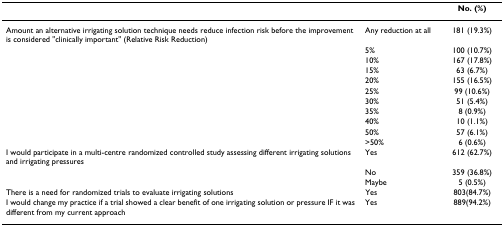
<table><thead><tr><td></td><td></td><td><b>No. (%)</b></td></tr></thead><tbody><tr><td>Amount an alternative irrigating solution technique needs reduce infection risk before the improvement is considered &quot;clinically important&quot; (Relative Risk Reduction)</td><td>Any reduction at all</td><td>181 (19.3%)</td></tr><tr><td></td><td>5%</td><td>100 (10.7%)</td></tr><tr><td></td><td>10%</td><td>167 (17.8%)</td></tr><tr><td></td><td>15%</td><td>63 (6.7%)</td></tr><tr><td></td><td>20%</td><td>155 (16.5%)</td></tr><tr><td></td><td>25%</td><td>99 (10.6%)</td></tr><tr><td></td><td>30%</td><td>51 (5.4%)</td></tr><tr><td></td><td>35%</td><td>8 (0.9%)</td></tr><tr><td></td><td>40%</td><td>10 (1.1%)</td></tr><tr><td></td><td>50%</td><td>57 (6.1%)</td></tr><tr><td></td><td>&gt;50%</td><td>6 (0.6%)</td></tr><tr><td>I would participate in a multi-centre randomized controlled study assessing different irrigating solutions and irrigating pressures</td><td>Yes</td><td>612 (62.7%)</td></tr><tr><td></td><td>No</td><td>359 (36.8%)</td></tr><tr><td></td><td>Maybe</td><td>5 (0.5%)</td></tr><tr><td>There is a need for randomized trials to evaluate irrigating solutions</td><td>Yes</td><td>803(84.7%)</td></tr><tr><td>I would change my practice if a trial showed a clear benefit of one irrigating solution or pressure IF it was different from my current approach</td><td>Yes</td><td>889(94.2%)</td></tr></tbody></table>